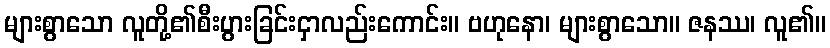
များစွာသော လူတို့၏စီးပွားခြင်းငှာလည်းကောင်း။ ဗဟုနော၊ များစွာသော။ ဇနဿ၊ လူ၏။